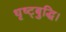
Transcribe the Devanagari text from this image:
धृष्ट्बुद्धि।